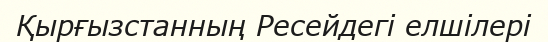
Қырғызстанның Ресейдегі елшілері